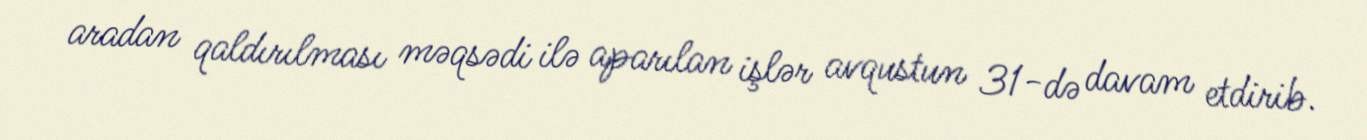
aradan qaldırılması məqsədi ilə aparılan işlər avqustun 31-də davam etdirib.